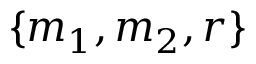
\{ m _ { 1 } , m _ { 2 } , r \}